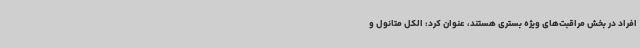
افراد در بخش مراقبت‌های ویژه بستری هستند، عنوان کرد: الکل متانول و